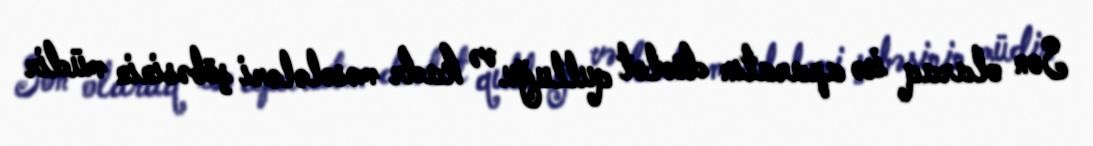
Son olaraq isə aparatın dövlət qulluğu və kadr məsələləri şöbəsinin müdir